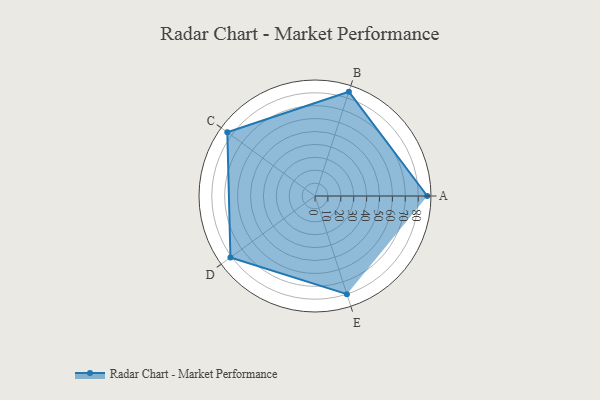
{"axis": {"x": "Skill", "y": "Score"}, "legend": ["Profile"], "data": [{"x": "A", "y": 87.0, "type": "Profile"}, {"x": "B", "y": 85.0, "type": "Profile"}, {"x": "C", "y": 84.0, "type": "Profile"}, {"x": "D", "y": 81.0, "type": "Profile"}, {"x": "E", "y": 80.0, "type": "Profile"}]}